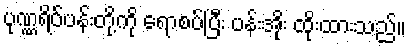
ပုဏ္ဏရိပ်ပန်းတို့ကို ရောစပ်ပြီး ပန်းအိုး ထိုးထားသည်။